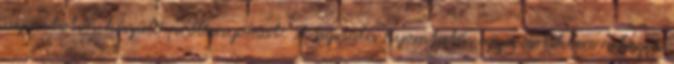
nyomtatón készülő próbanyomat. A digitális nyomtatás egyes esetekben nehezen